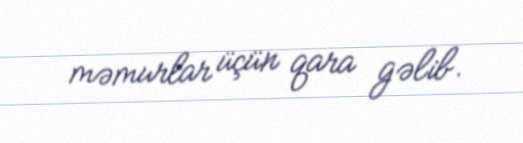
məmurlar üçün qara gəlib.